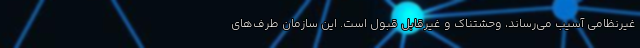
غیرنظامی آسیب می‌رساند، وحشتناک و غیرقابل قبول است. این سازمان طرف‌های